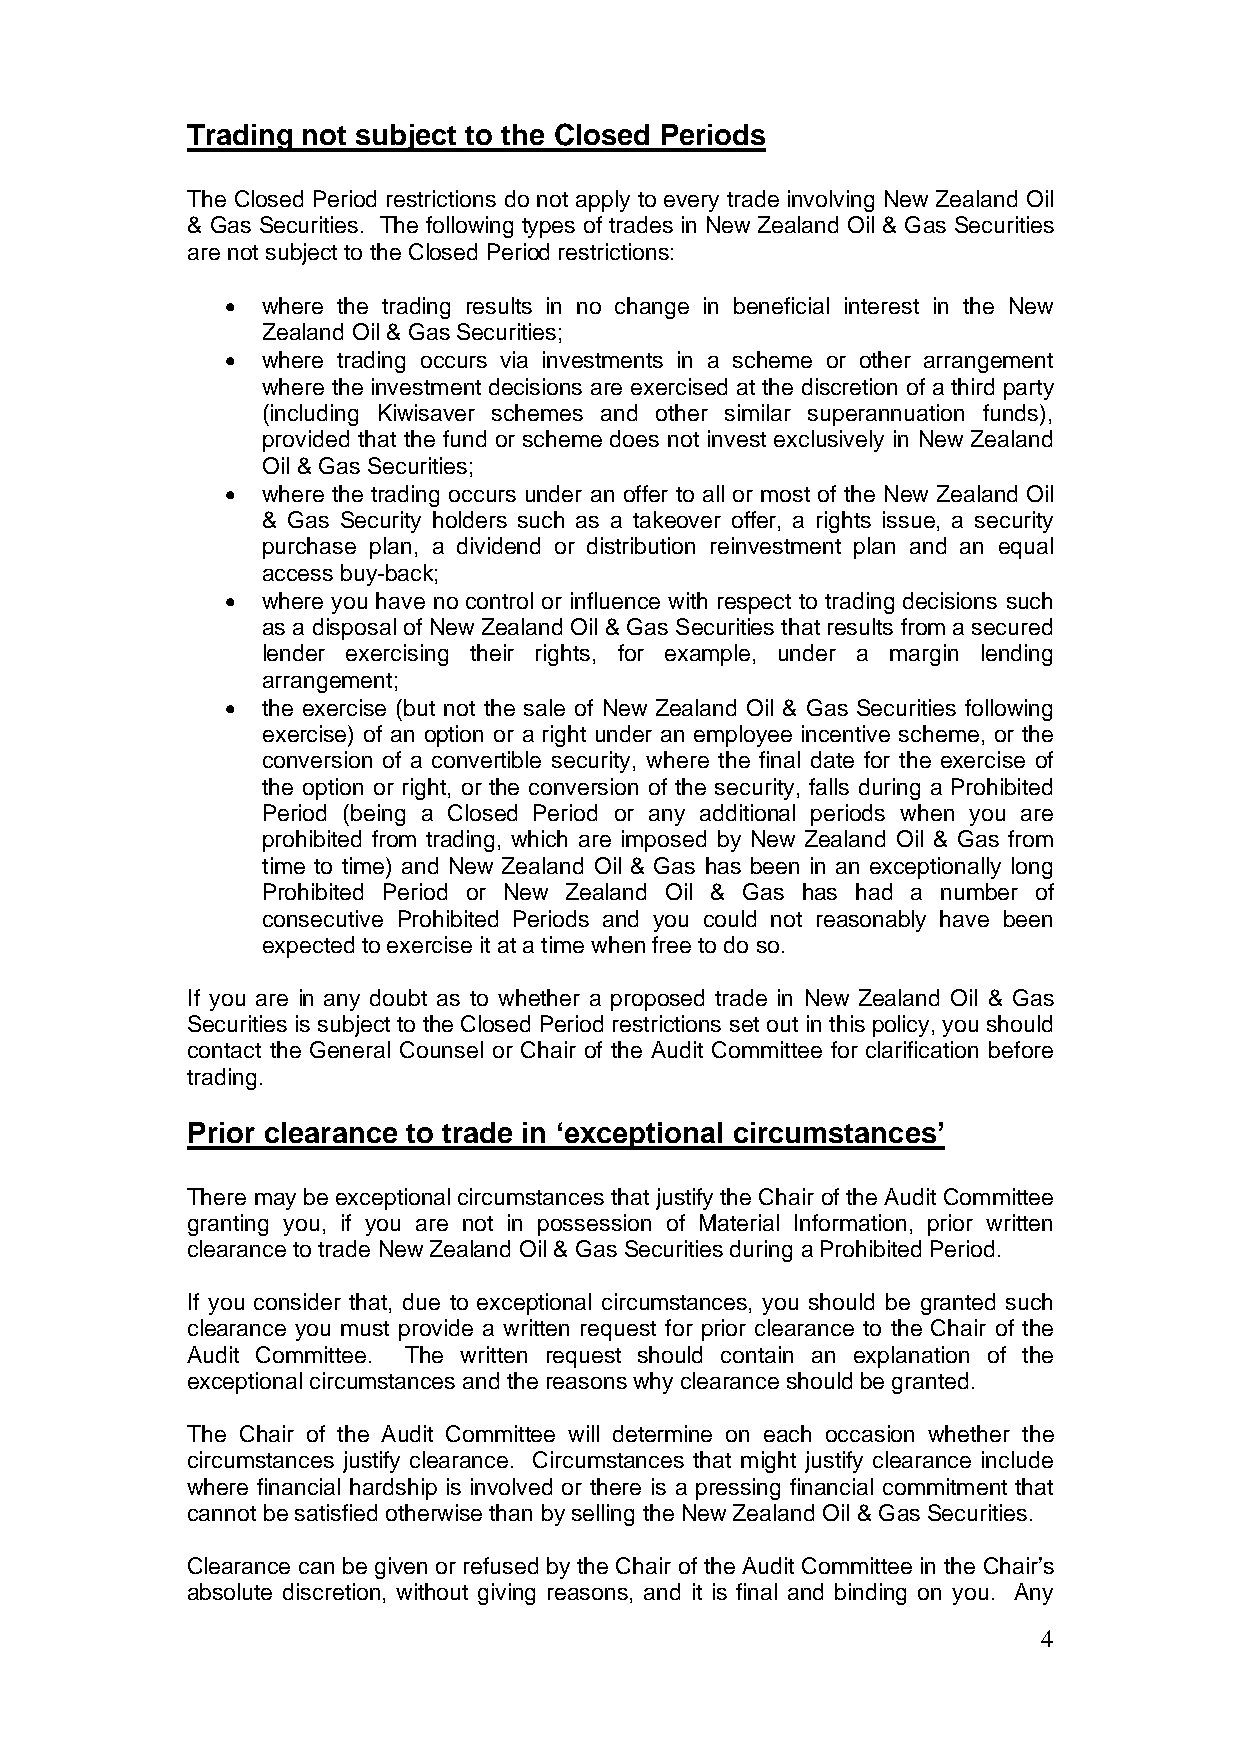
Trading not subject to the Closed Periods
 The Closed Period restrictions do not apply to every trade involving New Zealand Oil
 & Gas Securities. The following types of trades in New Zealand Oil & Gas Securities
 are not subject to the Closed Period restrictions:
 • where the trading results in no change in beneficial interest in the New
 Zealand Oil & Gas Securities;
 • where trading occurs via investments in a scheme or other arrangement
 where the investment decisions are exercised at the discretion of a third party
 (including Kiwisaver schemes and other similar superannuation funds),
 provided that the fund or scheme does not invest exclusively in New Zealand
 Oil & Gas Securities;
 • where the trading occurs under an offer to all or most of the New Zealand Oil
 & Gas Security holders such as a takeover offer, a rights issue, a security
 purchase plan, a dividend or distribution reinvestment plan and an equal
 access buy-back;
 • where you have no control or influence with respect to trading decisions such
 as a disposal of New Zealand Oil & Gas Securities that results from a secured
 lender exercising their rights, for example, under a margin lending
 arrangement;
 • the exercise (but not the sale of New Zealand Oil & Gas Securities following
 exercise) of an option or a right under an employee incentive scheme, or the
 conversion of a convertible security, where the final date for the exercise of
 the option or right, or the conversion of the security, falls during a Prohibited
 Period (being a Closed Period or any additional periods when you are
 prohibited from trading, which are imposed by New Zealand Oil & Gas from
 time to time) and New Zealand Oil & Gas has been in an exceptionally long
 Prohibited Period or New Zealand Oil & Gas has had a number of
 consecutive Prohibited Periods and you could not reasonably have been
 expected to exercise it at a time when free to do so.
 If you are in any doubt as to whether a proposed trade in New Zealand Oil & Gas
 Securities is subject to the Closed Period restrictions set out in this policy, you should
 contact the General Counsel or Chair of the Audit Committee for clarification before
 trading.
 Prior clearance to trade in ‘exceptional circumstances’
 There may be exceptional circumstances that justify the Chair of the Audit Committee
 granting you, if you are not in possession of Material Information, prior written
 clearance to trade New Zealand Oil & Gas Securities during a Prohibited Period.
 If you consider that, due to exceptional circumstances, you should be granted such
 clearance you must provide a written request for prior clearance to the Chair of the
 Audit Committee. The written request should contain an explanation of the
 exceptional circumstances and the reasons why clearance should be granted.
 The Chair of the Audit Committee will determine on each occasion whether the
 circumstances justify clearance. Circumstances that might justify clearance include
 where financial hardship is involved or there is a pressing financial commitment that
 cannot be satisfied otherwise than by selling the New Zealand Oil & Gas Securities.
 Clearance can be given or refused by the Chair of the Audit Committee in the Chair’s
 absolute discretion, without giving reasons, and it is final and binding on you. Any
 4